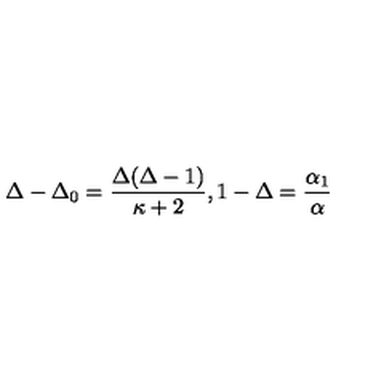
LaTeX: \Delta - \Delta _ { 0 } = \frac { \Delta ( \Delta - 1 ) } { \kappa + 2 } , 1 - \Delta = { \frac { \alpha _ { 1 } } { \alpha } }